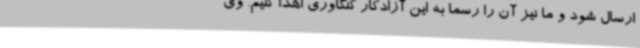
ارسال شود و ما نیز آن را رسما به این آزادکار کنگاوری اهدا کنیم. وی